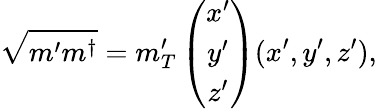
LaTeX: \sqrt{m^{\prime}m^{\dagger}}=m_{T}^{\prime}\left(\begin{array}{c}{{x^{\prime}}}\\ {{y^{\prime}}}\\ {{z^{\prime}}}\end{array}\right)(x^{\prime},y^{\prime},z^{\prime}),